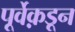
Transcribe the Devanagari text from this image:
पूर्वेक़डून